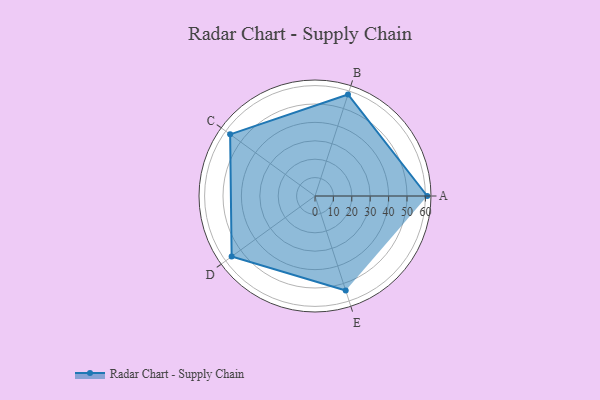
{"axis": {"x": "Skill", "y": "Score"}, "legend": ["Profile"], "data": [{"x": "A", "y": 61.0, "type": "Profile"}, {"x": "B", "y": 58.0, "type": "Profile"}, {"x": "C", "y": 57.0, "type": "Profile"}, {"x": "D", "y": 56.0, "type": "Profile"}, {"x": "E", "y": 54.0, "type": "Profile"}]}